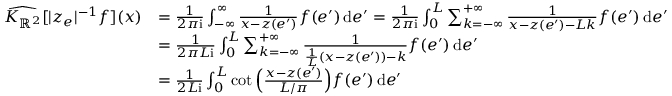
\begin{array} { r l } { \widehat { K _ { \mathbb { R } ^ { 2 } } } [ | z _ { e } | ^ { - 1 } f ] ( x ) } & { = \frac 1 { 2 \pi \mathrm { i } } \int _ { - \infty } ^ { \infty } \frac { 1 } { x - z ( e ^ { \prime } ) } f ( e ^ { \prime } ) \, \mathrm { d } e ^ { \prime } = \frac 1 { 2 \pi \mathrm { i } } \int _ { 0 } ^ { L } \sum _ { k = - \infty } ^ { + \infty } \frac { 1 } { x - z ( e ^ { \prime } ) - L k } f ( e ^ { \prime } ) \, \mathrm { d } e ^ { \prime } } \\ & { = \frac { 1 } { 2 \pi L \mathrm { i } } \int _ { 0 } ^ { L } \sum _ { k = - \infty } ^ { + \infty } \frac { 1 } { \frac { 1 } { L } ( x - z ( e ^ { \prime } ) ) - k } f ( e ^ { \prime } ) \, \mathrm { d } e ^ { \prime } } \\ & { = \frac 1 { 2 L \mathrm { i } } \int _ { 0 } ^ { L } \cot \Big ( \frac { x - z ( e ^ { \prime } ) } { L / \pi } \Big ) f ( e ^ { \prime } ) \, \mathrm { d } e ^ { \prime } } \end{array}